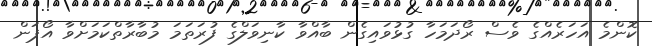
ކޮންމެ އަހަރެއްގެ ވެސް ރޯދަމަހާ ގުޅުވައިގެން ބާއްވާ ކާނިވަލްގެ ފުރަތަމަ މުބާރާތްކަމަށްވާ އޯޕަން